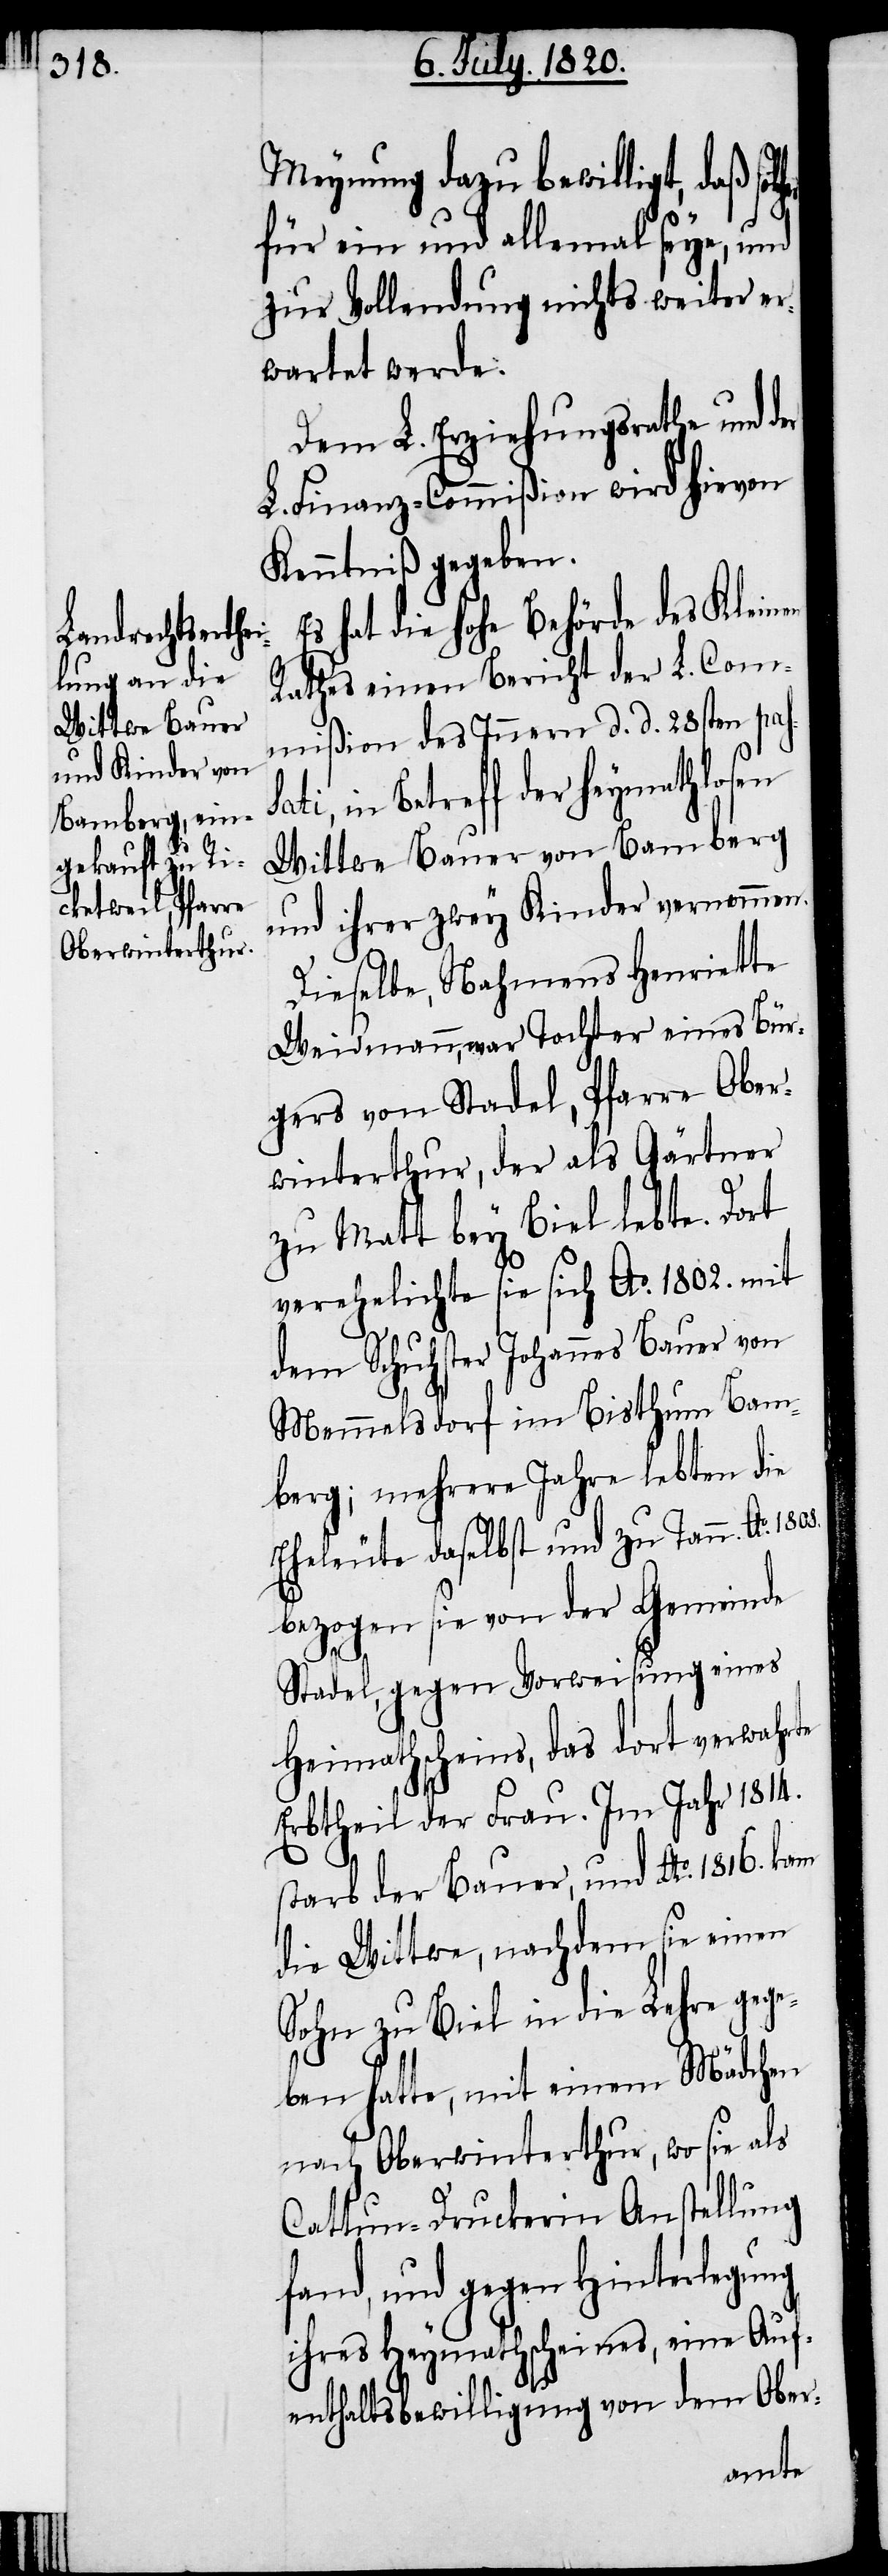
Meynung dazu bewilligt, daß sol¬
für ein und allemal seye, und
zur Vollendung nichts weiter er¬
wartet werde.
Dem L. Erziehungsrathe und
L Finanz-Commißion wird hievon
Kenntniß gegeben.
hat die hohe Behörde des Kleinen
Rathes einen Bericht der L. Com¬
mißion des Innern d. d. 28sten pas¬
in Betreff der heymathlosen
Wittwe Bauer von Bamberg
und ihrer zwey Kinder vernommen.
Dieselbe, Nahmens Henriette
Weidmann, war Tochter eines Bür¬
gers von Stadel, Pfarre Ober¬
winterthur, der als Gärtner
zu Matt bey Biel lebte. Dort
verehelichte sie sich Ao. 1802. mit
dem Schuhster Johannes Bauer von
Memmelsdorf im Bisthum Bam¬
berg, mehrere Jahre lebten die
Eheleute daselbst und zu Tann. Ao.
bezogen sie von der Gemeinde
Stadel, gegen Vorweisung eines
Heimathscheins, das dort verwahrte
Erbtheil der Frau. Im Jahr 1814.
starb der Bauer, und Ao. 1816. kam
die Wittwe, nachdem sie einen
Sohn zu Biel in die Lehre gege¬
ben hatte, mit einem Mädchen
nach Oberwinterthur, wo sie als
Cattun-Druckerin Anstellung
fand, und gegen Hinterlegung
ihres Heymathscheines, eine Auf¬
enthaltsbewilligung von dem Ober-
sati,